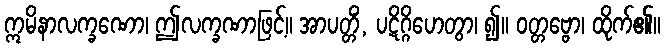
ဣမိနာလက္ခဏော၊ ဤလက္ခဏာဖြင့်။ အာပတ္တိံ, ပဋိဂ္ဂိဟေတွာ၊ ၍။ ဝတ္တဗ္ဗော၊ ထိုက်၏။